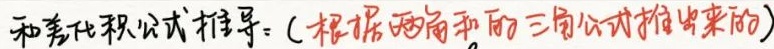
和差化积公式推导：(根据两角和的三角公式推出来的)